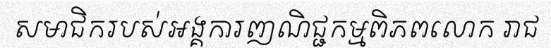
សមាជិករបស់អង្គការញណិជ្ជកម្មពិភពលោក រាជ